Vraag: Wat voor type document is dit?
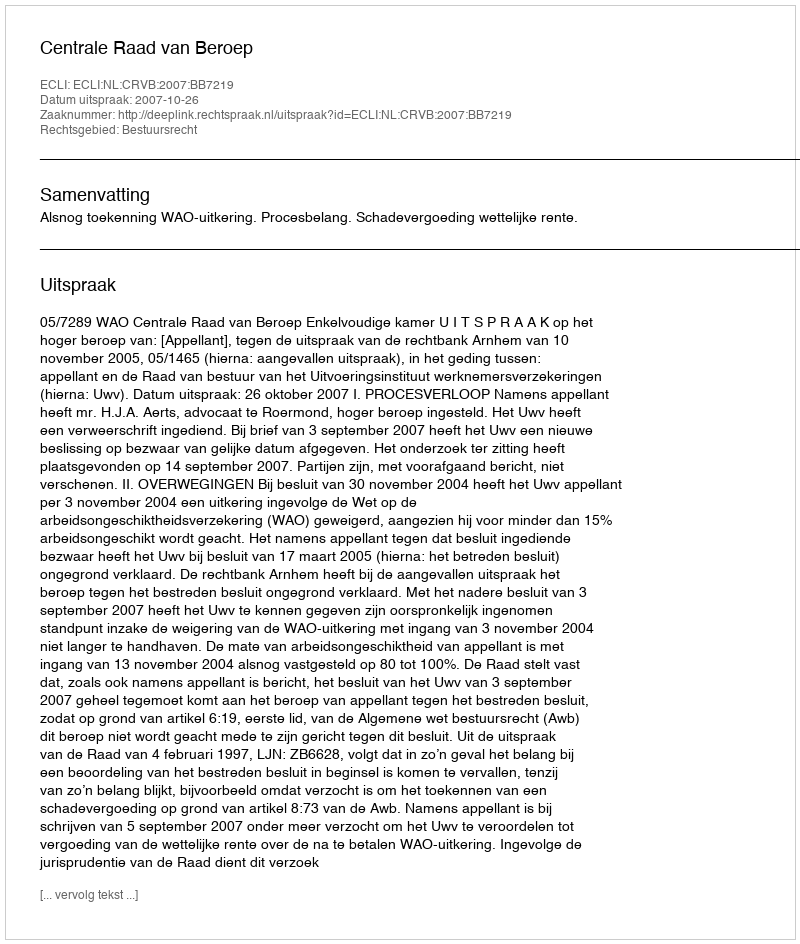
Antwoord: Uitspraak